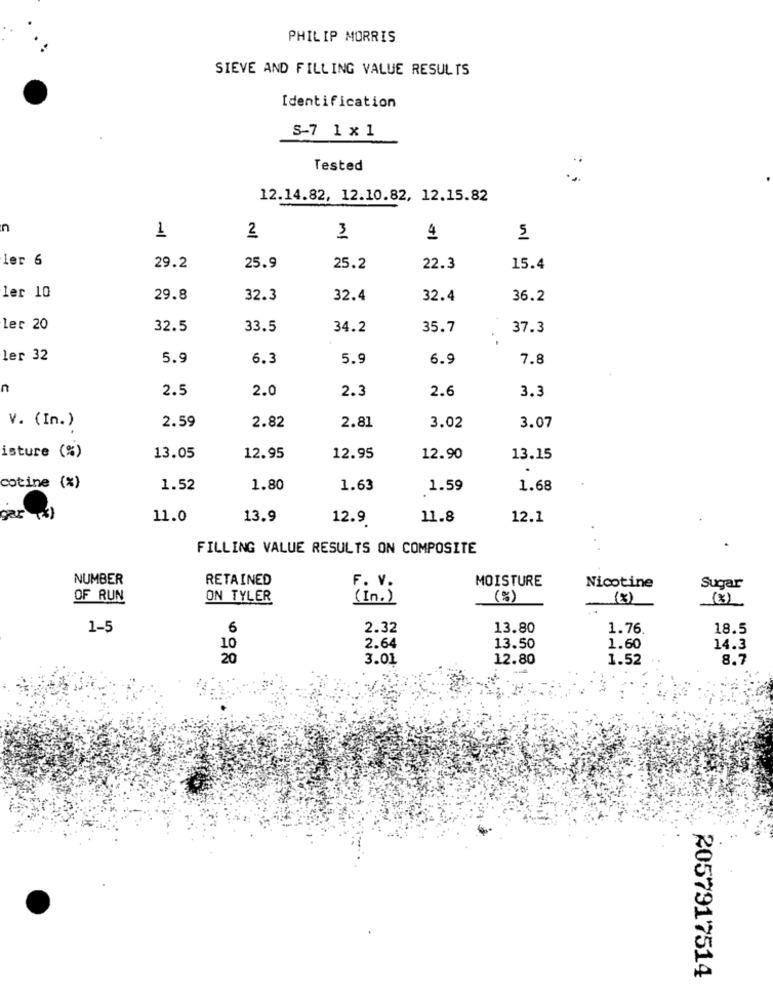
PHILIP MORRIS
SIEVE AND FILLING VALUE RESULTS
Identification
S-7 1 x1
Tested
12.14.82, 12.10.82, 12.15.82
n
2
1
3
4
5
ler 6
29.2
25.9
25.2
22.3
15.4
ler 10
29.8
32.3
32.4
32.4
36.2
ler 20
32.5
33.5
34.2
35.7
37.3
Ler 32
5.9
6.3
5.9
6.9
7.8
n
2.5
2.0
2.3
2.6
3.3
v. (In.)
2.59
2.82
2.81
3.02
3.07
isture (%)
13.05
12.95
12.95
12.90
13.15
cotine (%)
1.52
1.80
1.63
1.59
1.68
gar (3)
11.0
13.9
12.9
11.8
12.1
FILLING VALUE RESULTS ON COMPOSITE
NUMBER
RETAINED
MOISTURE
Nicotine
Sugar
OF RUN
ON TYLER
( in . )
(%)
(8)
(3)
1-5
6
2.32
13.80
1.76
18.5
10
2.64
13.50
1.60
14.3
20
3.01
12.80
1.52
8.7
2057917514